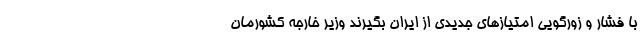
با فشار و زورگویی امتیازهای جدیدی از ایران بگیرند وزیر خارجه کشورمان